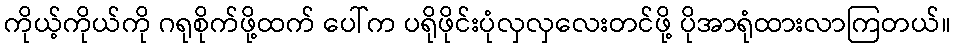
ကိုယ့်ကိုယ်ကို ဂရုစိုက်ဖို့ထက် ပေါ်က ပရိုဖိုင်းပုံလှလှလေးတင်ဖို့ ပိုအာရုံထားလာကြတယ်။